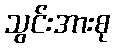
သွင်းအားစု